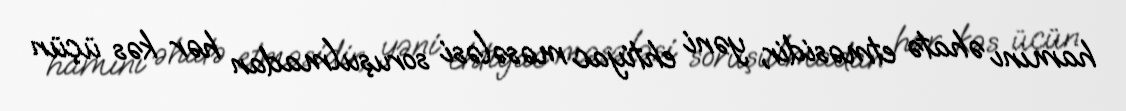
hamını əhatə etməsidir, yəni ehtiyac məsələsi soruşulmadan hər kəs üçün